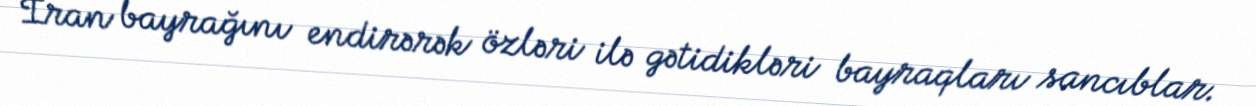
İran bayrağını endirərək özləri ilə gətidikləri bayraqları sancıblar.